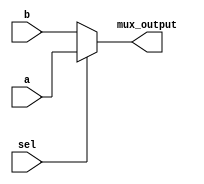
`timescale 1ns / 1ps
//////////////////////////////////////////////////////////////////////////////////
// Company: 
// Engineer: 
// 
// Design Name: 
// Module Name: two_by_1mux
// Project Name: 
// Target Devices: 
// Tool Versions: 
// Description: 
// 
// Dependencies: 
// 
// Revision:
// Revision 0.01 - File Created
// Additional Comments:
// 
//////////////////////////////////////////////////////////////////////////////////


module two_by_1mux(input a, input b, input sel, output mux_output);
    assign mux_output= (sel)? a:b;
endmodule